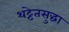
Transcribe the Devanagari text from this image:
थट्टेतसुद्धा